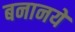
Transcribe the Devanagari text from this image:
बनानये